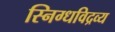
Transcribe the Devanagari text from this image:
स्निग्धविद्रव्य